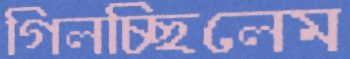
গিলচ্ছিলেম